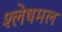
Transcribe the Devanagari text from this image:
श्लेषमल